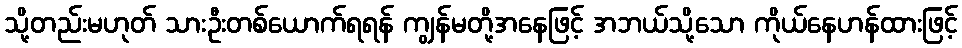
သို့တည်းမဟုတ် သားဦးတစ်ယောက်ရရန် ကျွန်မတို့အနေဖြင့် အဘယ်သို့သော ကိုယ်နေဟန်ထားဖြင့်